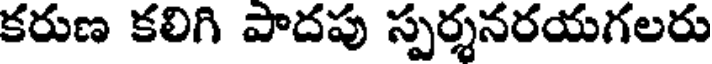
కరుణ కలిగి పాదపు స్పర్శనరయగలరు